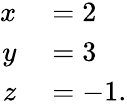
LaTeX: \begin{array}{rl}{x}&{{}=2}\\ {y}&{{}=3}\\ {z}&{{}=-1.}\end{array}